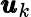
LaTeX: \pmb{u}_{k}